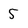
Character: 5